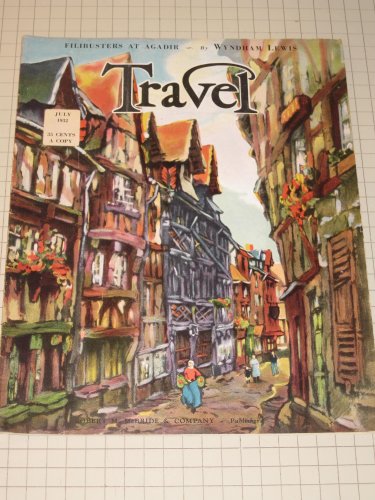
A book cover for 1932 TRAVEL Magazine: Toy Train in Bermuda - Windjammers - Stockholm - Frankfort - Trails in Minnesota; Travel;